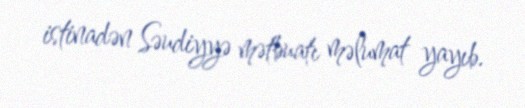
istinadən Səudiyyə mətbuatı məlumat yayıb.